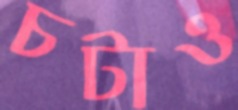
চটাও